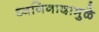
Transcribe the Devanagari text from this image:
ध्वनिनादामुळे